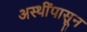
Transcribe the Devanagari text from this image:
अस्थींपासून